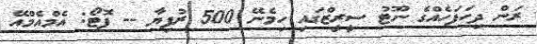
ރަން ދިހަފަހެއްގެ ނޫޓު ސީރީޒްގައި ހިމެނޭ 500 ރުފިޔާ -- ފޮޓޯ: އެމްއެމްއޭ